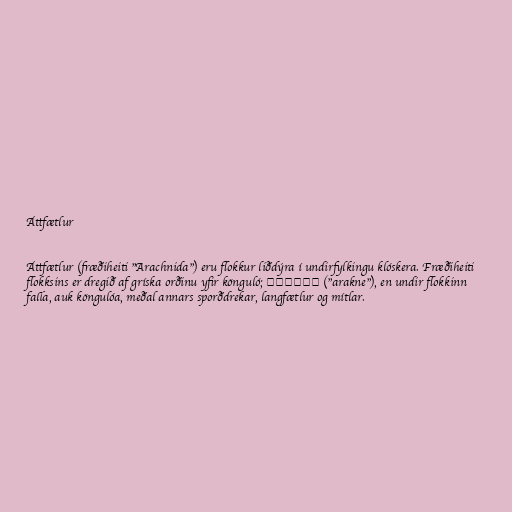
Áttfætlur

Áttfætlur (fræðiheiti "Arachnida") eru flokkur liðdýra í undirfylkingu klóskera. Fræðiheiti
flokksins er dregið af gríska orðinu yfir könguló; αραχνη ("arakne"), en undir flokkinn
falla, auk köngulóa, meðal annars sporðdrekar, langfætlur og mítlar.